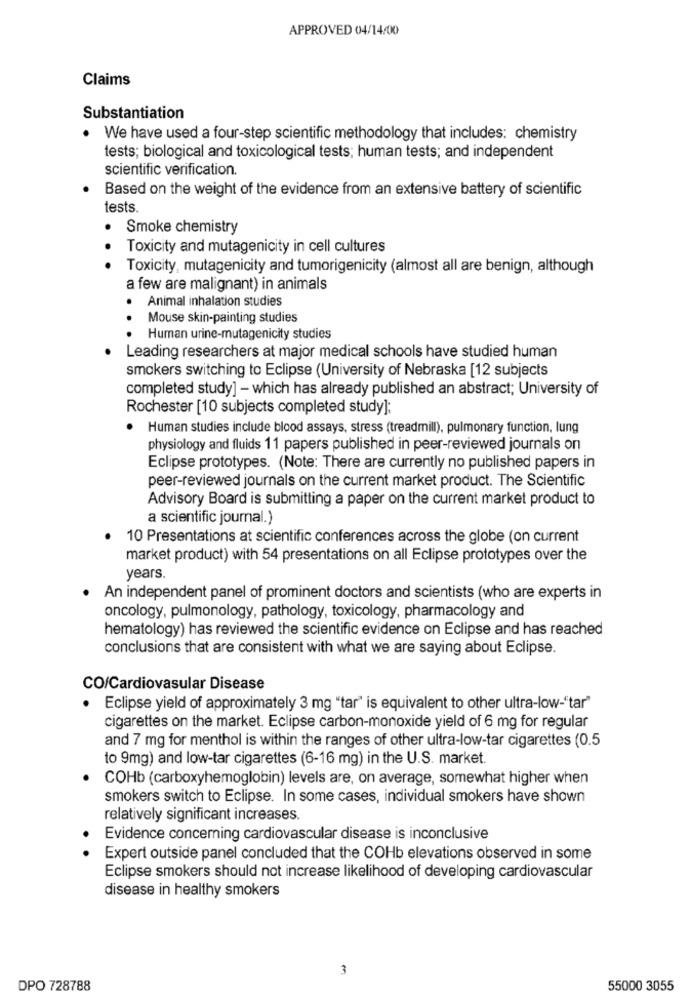
APPROVED 04/14/00
Claims
Substantiation
We have used a four-step scientific methodology that includes: chemistry
tests; biological and toxicological tests; human tests; and independent
scientific verification.
Based on the weight of the evidence from an extensive battery of scientific
tests.
Smoke chemistry
Toxicity and mutagenicity in cell cultures
..
Toxicity, mutagenicity and tumorigenicity (almost all are benign, although
a few are malignant) in animals
Animal inhalation studies
Mouse skin-painting studies
. .
Human urine-mutagenicity studies
Leading researchers at major medical schools have studied human
smokers switching to Eclipse (University of Nebraska [12 subjects
completed study] - which has already published an abstract; University of
Rochester [10 subjects completed study];
.
Human studies include blood assays, stress (treadmill), pulmonary function, lung
physiology and fluids 11 papers published in peer-reviewed journals on
Eclipse prototypes. (Note: There are currently no published papers in
peer-reviewed journals on the current market product. The Scientific
Advisory Board is submitting a paper on the current market product to
a scientific journal.)
10 Presentations at scientific conferences across the globe (on current
market product) with 54 presentations on all Eclipse prototypes over the
years.
· An independent panel of prominent doctors and scientists (who are experts in
oncology, pulmonology, pathology, toxicology, pharmacology and
hematology) has reviewed the scientific evidence on Eclipse and has reached
conclusions that are consistent with what we are saying about Eclipse.
CO/Cardiovasular Disease
· Eclipse yield of approximately 3 mg "tar" is equivalent to other ultra-low-"tar"
cigarettes on the market. Eclipse carbon-monoxide yield of 6 mg for regular
and 7 mg for menthol is within the ranges of other ultra-low-tar cigarettes (0.5
to 9mg) and low-tar cigarettes (6-16 mg) in the U.S. market.
COHb (carboxyhemoglobin) levels are, on average, somewhat higher when
smokers switch to Eclipse. In some cases, individual smokers have shown
relatively significant increases.
Evidence concerning cardiovascular disease is inconclusive
Expert outside panel concluded that the COHb elevations observed in some
Eclipse smokers should not increase likelihood of developing cardiovascular
disease in healthy smokers
3
DPO 728788
55000 3055